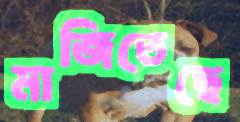
মাজিতেছে